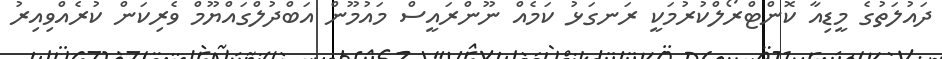
ދައުލަތުގެ މީޑިއާ ކޮންޓްރޯލްކުރުމަކީ ރަނގަޅު ކަމެއް ނޫންރައީސް މައުމޫން އަބްދުލްގައްޔޫމް ވެރިކަން ކުރެއްވިއިރު